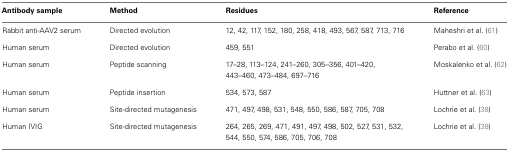
| Antibody sample | Method | Residues | Reference |
 | --- | --- | --- | --- |
 | Rabbit anti-AAV2 serum | Directed evolution | 12, 42, 117, 152, 180, 258, 418, 493, 567, 587, 713, 716 | Maheshri et al. (61) |
 | Human serum | Directed evolution | 459, 551 | Perabo et al. (60) |
 | Human serum | Peptide scanning | 17–28, 113–124, 241–260, 305–356, 401–420, 443–460, 473–484, 697–716 | Moskalenko et al. (62) |
 | Human serum | Peptide insertion | 534, 573, 587 | Huttner et al. (63) |
 | Human serum | Site-directed mutagenesis | 471, 497, 498, 531, 548, 550, 586, 587, 705, 708 | Lochrie et al. (38) |
 | Human IVIG | Site-directed mutagenesis | 264, 265, 269, 471, 491, 497, 498, 502, 527, 531, 532, 544, 550, 574, 586, 705, 706, 708 | Lochrie et al. (38) |